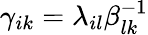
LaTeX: \gamma_{ik}=\lambda_{il}\beta_{lk}^{-1}